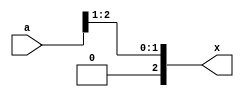
module pick( input [2:0] a, output [2:0] x);
assign x = a[2:1];
endmodule